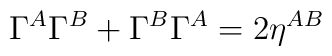
\Gamma^{A}\Gamma^{B}+\Gamma^{B}\Gamma^{A}=2\eta^{AB}